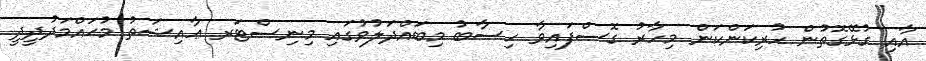
އާއި ގުޅޭގޮތުން ހުރިކަންކަން މިހާރު ގޮސްފައިވާ ހިސާބު މިބައްދަލުވުގައި މިނިސްޓަރ ޢާއިޝަތު މުޙައްމަދުދީދީ